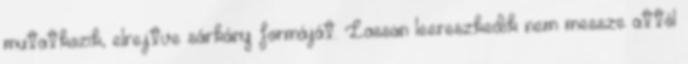
mutatkozik, elrejtve sárkány formáját. Lassan leereszkedik nem messze attól